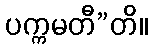
ပက္ကမတီ”တိ။